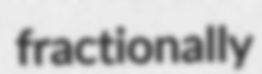
fractionally